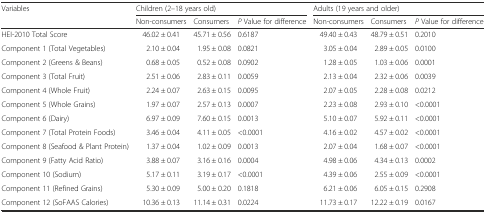
<table><thead><tr><td rowspan="2"><b>Variables</b></td><td colspan="3"><b>Children (2–18 years old)</b></td><td colspan="3"><b>Adults (19 years and older)</b></td></tr><tr><td><b>Non-consumers</b></td><td><b>Consumers</b></td><td><b><i>P</i> Value for difference</b></td><td><b>Non-consumers</b></td><td><b>Consumers</b></td><td><b><i>P</i> Value for difference</b></td></tr></thead><tbody><tr><td>HEI-2010 Total Score</td><td>46.02 ± 0.41</td><td>45.71 ± 0.56</td><td>0.6187</td><td>49.40 ± 0.43</td><td>48.79 ± 0.51</td><td>0.2010</td></tr><tr><td>Component 1 (Total Vegetables)</td><td>2.10 ± 0.04</td><td>1.95 ± 0.08</td><td>0.0821</td><td>3.05 ± 0.04</td><td>2.89 ± 0.05</td><td>0.0100</td></tr><tr><td>Component 2 (Greens &amp; Beans)</td><td>0.68 ± 0.05</td><td>0.52 ± 0.08</td><td>0.0902</td><td>1.28 ± 0.05</td><td>1.03 ± 0.06</td><td>0.0001</td></tr><tr><td>Component 3 (Total Fruit)</td><td>2.51 ± 0.06</td><td>2.83 ± 0.11</td><td>0.0059</td><td>2.13 ± 0.04</td><td>2.32 ± 0.06</td><td>0.0039</td></tr><tr><td>Component 4 (Whole Fruit)</td><td>2.24 ± 0.07</td><td>2.63 ± 0.15</td><td>0.0095</td><td>2.07 ± 0.05</td><td>2.28 ± 0.08</td><td>0.0212</td></tr><tr><td>Component 5 (Whole Grains)</td><td>1.97 ± 0.07</td><td>2.57 ± 0.13</td><td>0.0007</td><td>2.23 ± 0.08</td><td>2.93 ± 0.10</td><td>&lt;0.0001</td></tr><tr><td>Component 6 (Dairy)</td><td>6.97 ± 0.09</td><td>7.60 ± 0.15</td><td>0.0013</td><td>5.10 ± 0.07</td><td>5.92 ± 0.11</td><td>&lt;0.0001</td></tr><tr><td>Component 7 (Total Protein Foods)</td><td>3.46 ± 0.04</td><td>4.11 ± 0.05</td><td>&lt;0.0001</td><td>4.16 ± 0.02</td><td>4.57 ± 0.02</td><td>&lt;0.0001</td></tr><tr><td>Component 8 (Seafood &amp; Plant Protein)</td><td>1.37 ± 0.04</td><td>1.02 ± 0.09</td><td>0.0013</td><td>2.07 ± 0.04</td><td>1.68 ± 0.07</td><td>&lt;0.0001</td></tr><tr><td>Component 9 (Fatty Acid Ratio)</td><td>3.88 ± 0.07</td><td>3.16 ± 0.16</td><td>0.0004</td><td>4.98 ± 0.06</td><td>4.34 ± 0.13</td><td>0.0002</td></tr><tr><td>Component 10 (Sodium)</td><td>5.17 ± 0.11</td><td>3.19 ± 0.17</td><td>&lt;0.0001</td><td>4.39 ± 0.06</td><td>2.55 ± 0.09</td><td>&lt;0.0001</td></tr><tr><td>Component 11 (Refined Grains)</td><td>5.30 ± 0.09</td><td>5.00 ± 0.20</td><td>0.1818</td><td>6.21 ± 0.06</td><td>6.05 ± 0.15</td><td>0.2908</td></tr><tr><td>Component 12 (SoFAAS Calories)</td><td>10.36 ± 0.13</td><td>11.14 ± 0.31</td><td>0.0224</td><td>11.73 ± 0.17</td><td>12.22 ± 0.19</td><td>0.0167</td></tr></tbody></table>